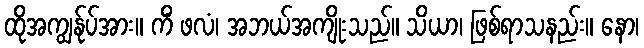
ထိုအကျွန်ုပ်အား။ ကိံ ဖလံ၊ အဘယ်အကျိုးသည်။ သိယာ၊ ဖြစ်ရာသနည်း။ နော၊